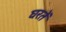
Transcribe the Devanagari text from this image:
घरतें